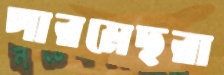
পারমেছরা